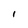
Character: I